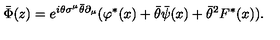
\bar { \Phi } ( z ) = e ^ { i \theta \sigma ^ { \mu } \bar { \theta } \partial _ { \mu } } ( \varphi ^ { * } ( x ) + \bar { \theta } \bar { \psi } ( x ) + \bar { \theta } ^ { 2 } F ^ { * } ( x ) ) .